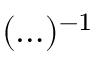
( \ldots ) ^ { - 1 }